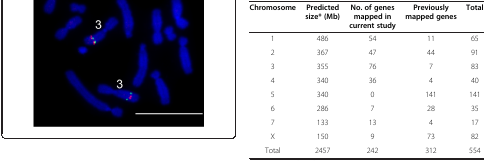
<table><thead><tr><td><b>Chromosome</b></td><td><b>Predicted size* (Mb)</b></td><td><b>No. of genes mapped in current study</b></td><td><b>Previously mapped genes</b></td><td><b>Total</b></td></tr></thead><tbody><tr><td>1</td><td>486</td><td>54</td><td>11</td><td>65</td></tr><tr><td>2</td><td>367</td><td>47</td><td>44</td><td>91</td></tr><tr><td>3</td><td>355</td><td>76</td><td>7</td><td>83</td></tr><tr><td>4</td><td>340</td><td>36</td><td>4</td><td>40</td></tr><tr><td>5</td><td>340</td><td>0</td><td>141</td><td>141</td></tr><tr><td>6</td><td>286</td><td>7</td><td>28</td><td>35</td></tr><tr><td>7</td><td>133</td><td>13</td><td>4</td><td>17</td></tr><tr><td>X</td><td>150</td><td>9</td><td>73</td><td>82</td></tr><tr><td>Total</td><td>2457</td><td>242</td><td>312</td><td>554</td></tr></tbody></table>